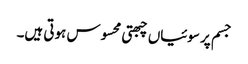
جسم پر سوئیاں چبھتی محسوس ہوتی ہیں۔